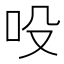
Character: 吺